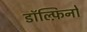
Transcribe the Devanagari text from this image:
डॉल्फ़िनों